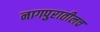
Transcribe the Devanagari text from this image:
नागपुरातीलच